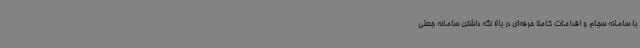
با سامانه سجام و اقدامات کاملا حرفه‌ای در بالا نگه داشتن سامانه جعلی